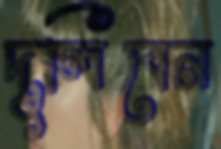
দুলিবেন